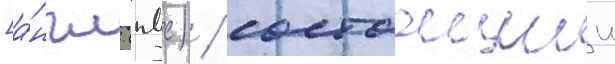
[а́нгл. (пвс) / состоащии